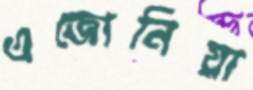
এজোনিয়া